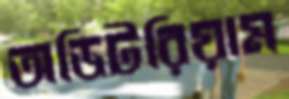
অডিটরিয়াম